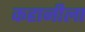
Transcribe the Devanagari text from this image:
कहानीला